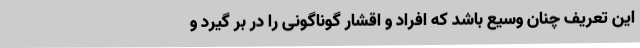
این تعریف چنان وسیع باشد که افراد و اقشار گوناگونی را در بر گیرد و